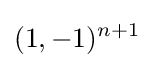
(1,-1)^{n+1}